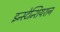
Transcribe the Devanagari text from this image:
इन्स्टेन्शियशन